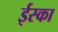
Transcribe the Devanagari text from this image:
ईस्का